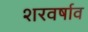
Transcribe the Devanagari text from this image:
शरवर्षाव